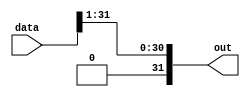
module ARS1 (input [31:0] data, output [31:0] out);
   
   assign out = data >>> 1;
   
endmodule